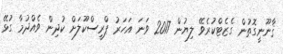
ޤާނޫނީގޮތުން ގެޒެޓްކުރެވޭ ލިޔުން 2017 ވަނަ އަހަރު ޕްރީސްކޫލަށް ކުދިން ވެއްދުމާ ގުޅޭ